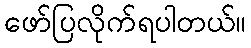
ဖော်ပြလိုက်ရပါတယ်။